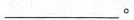
___。